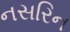
નસરિન